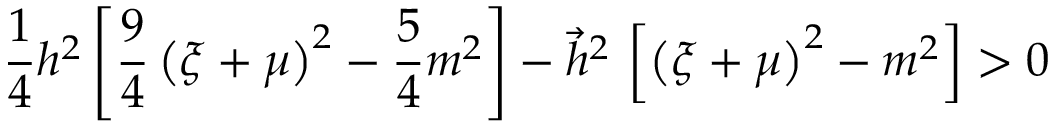
\frac 1 4 h ^ { 2 } \left[ \frac 9 4 \left( \xi + \mu \right) ^ { 2 } - \frac 5 4 m ^ { 2 } \right] - \vec { h } ^ { 2 } \, \left[ \left( \xi + \mu \right) ^ { 2 } - m ^ { 2 } \right] > 0